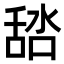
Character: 𦧞